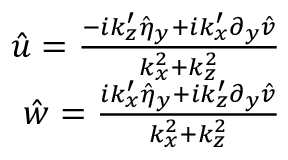
\begin{array} { r } { \hat { u } = \frac { - i k _ { z } ^ { \prime } \hat { \eta } _ { y } + i k _ { x } ^ { \prime } \partial _ { y } \hat { v } } { k _ { x } ^ { 2 } + k _ { z } ^ { 2 } } } \\ { \hat { w } = \frac { i k _ { x } ^ { \prime } \hat { \eta } _ { y } + i k _ { z } ^ { \prime } \partial _ { y } \hat { v } } { k _ { x } ^ { 2 } + k _ { z } ^ { 2 } } } \end{array}